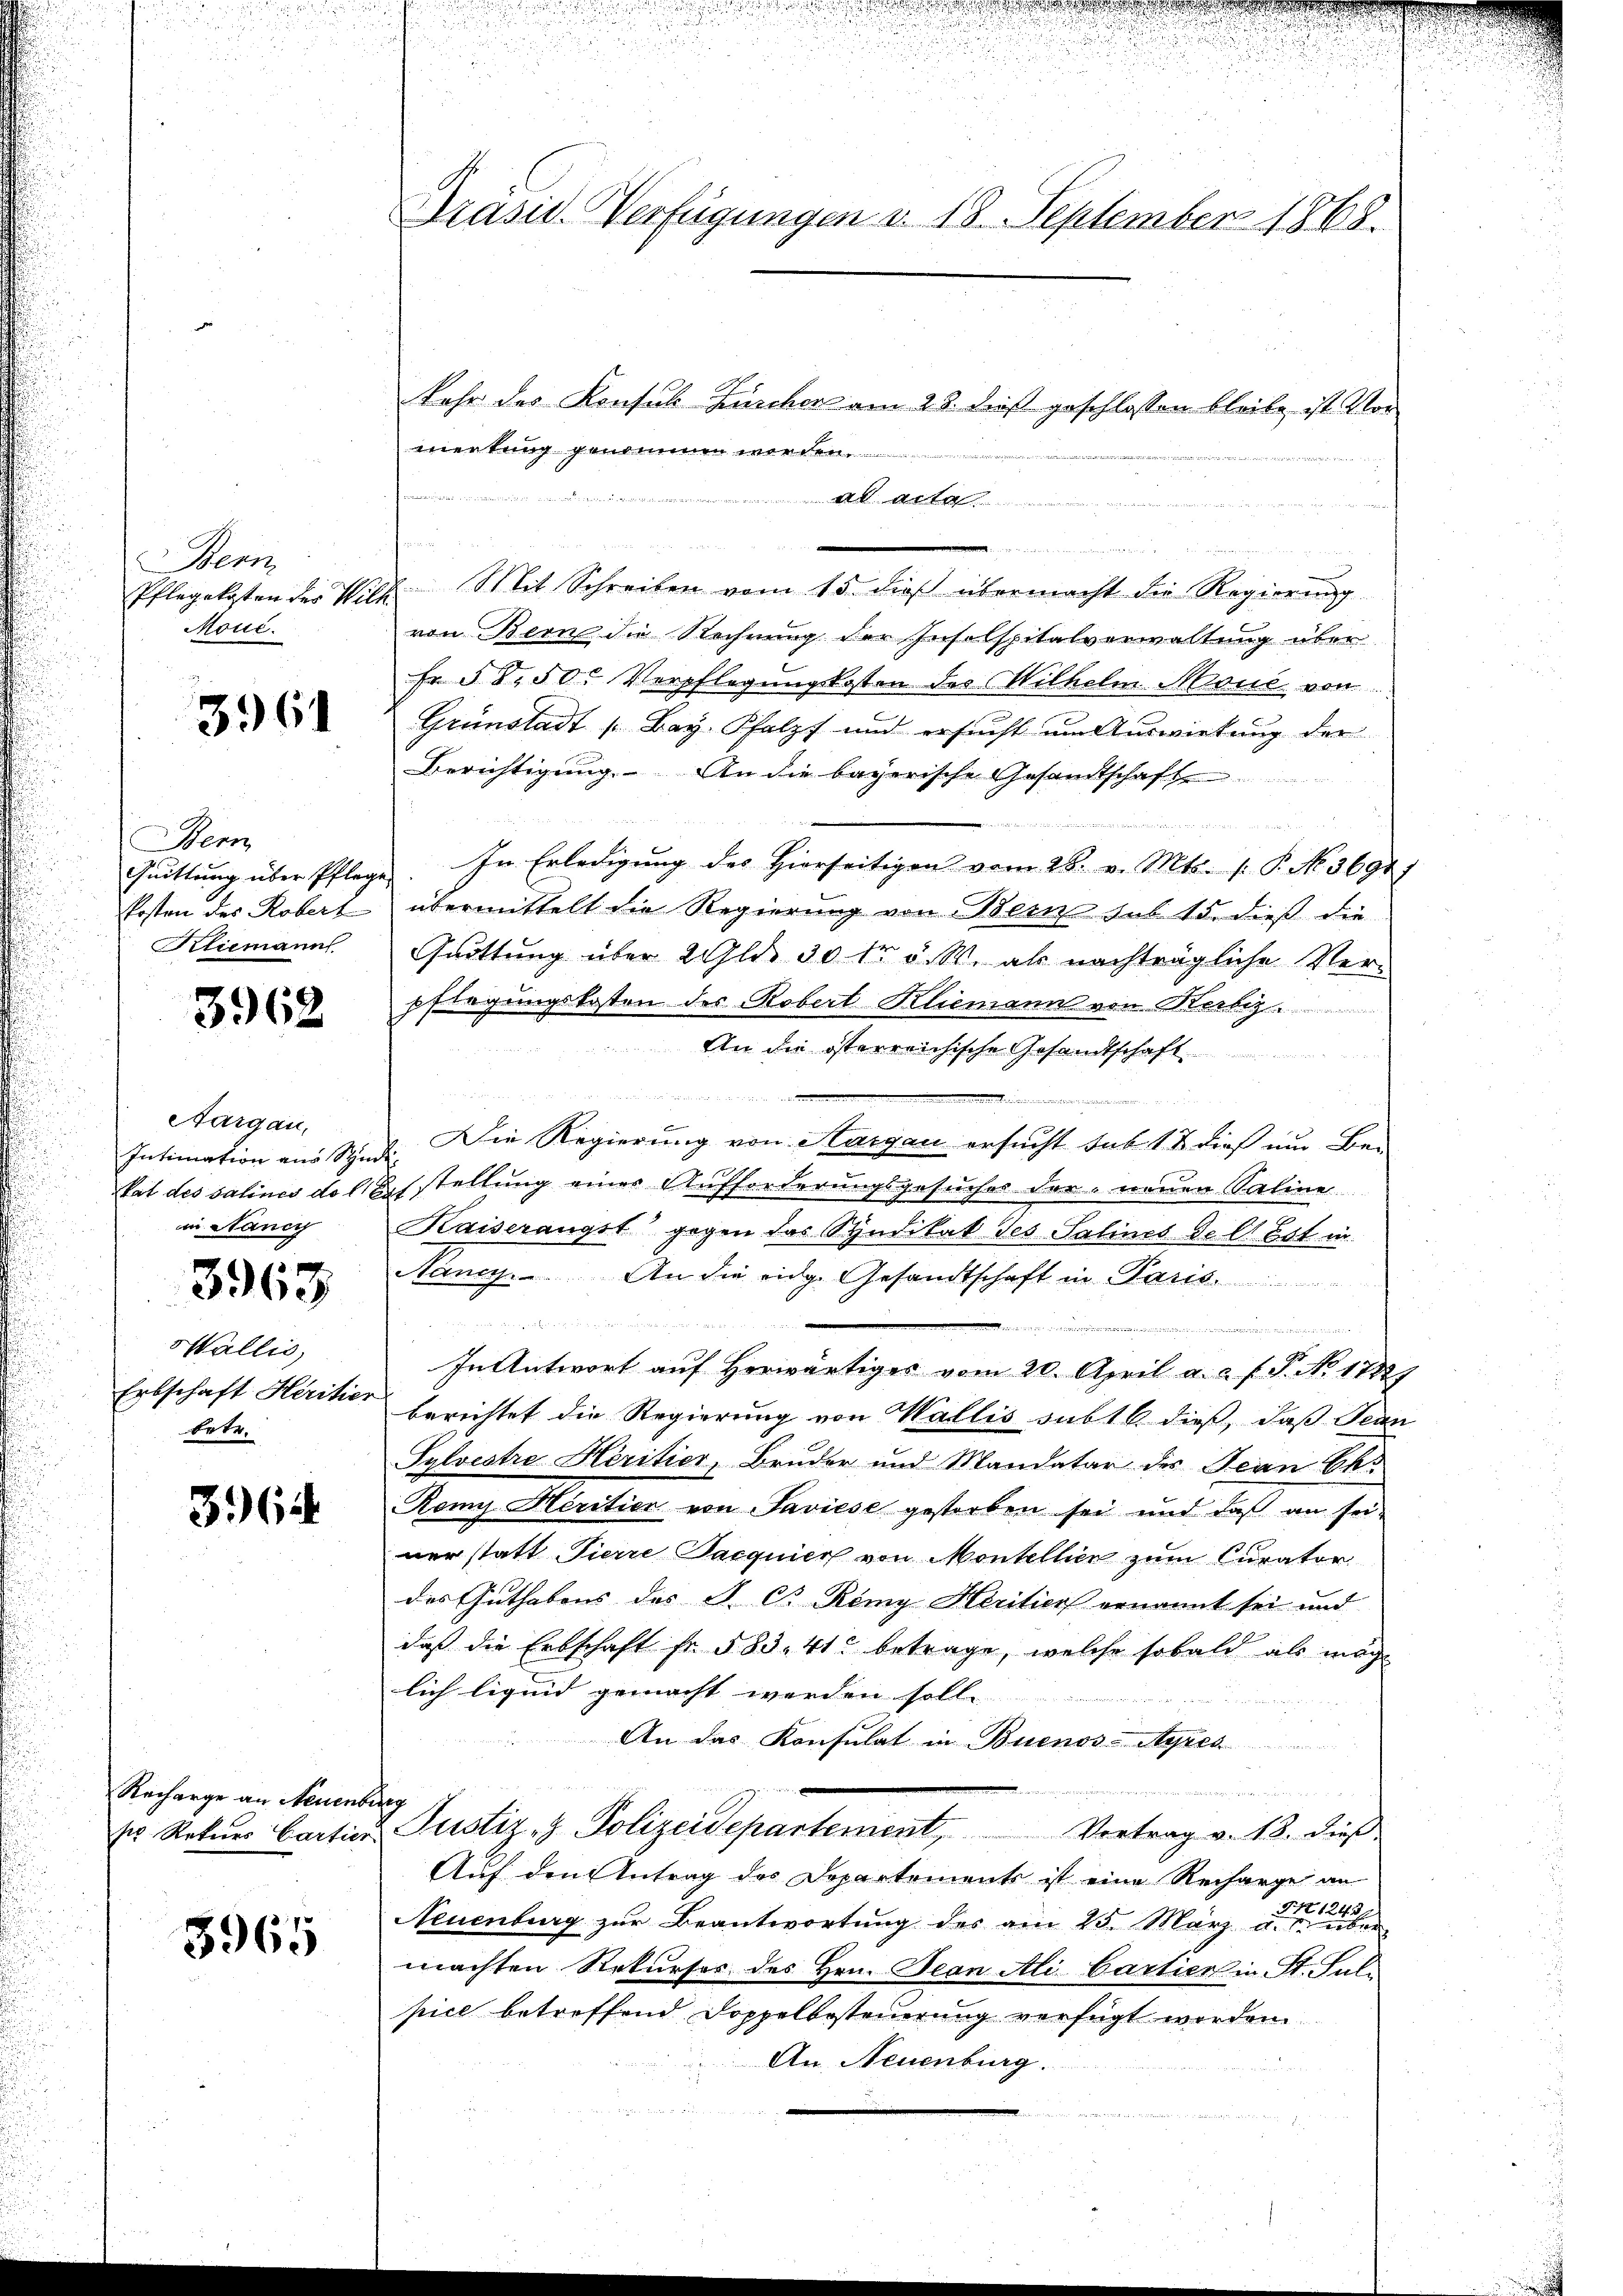
Bern
Moué.

J
3961

Bern
Kliemann.

3962

Nargau,
in Nancy

3963

Wallis,
Erbschaft Heritier
betr.

3964

Recharge an Neuenburg

3965

Präsid. Verfügungen v. 18. September 1865.

kehr des Konsul Zürcher am 23. dieß geschlossen bleibe, ist Vor
merkung genommen worden,

An Acte
e
Pflegekosten der Wilh. Mit Schreiben vom 15. dieß übermacht die Regierung
von Bern die Rechnung der Inselspitalverwaltung über
Fr. 58. 50. Verpflegungskosten des Wilhelm Mons von
Grünstadt (Bay. Pfalz und ersucht um Auswirkung der
Berichtigung. An die bayerische Gesandtschaft
Quittung über Pflege In Erledigŭng des Hierseitigen vom 28. v. Mts. (: P. N. 3694.
kosten des Robert übermittelt die Regierung von Bern sub 15. dieß die
Quittung über 2 Gld. 30 t v. W. als nachträgliche Verpflegungskosten des Robert Kliemann von Kerbez
An die österreichische Gesandtschaft

Intimation an Sÿnd. Die Regierung von Aargau ersucht sub 1 & dieß um Be-
tat des Salines doch stellung einer Aufforderungsgesuches der neuen Saline
Kaiserangst gegen das Syndikat des Salines de lt. Est in
Nancy. An die eidg. Gesandtschaft in Paris.
d

In Antwort auf herwärtiges vom 20. April a. c. f. P. No 1182)
berichtet die Regierung von Wallis subt dieß, daß Jean
Sylvestre Heritier, Bruder und Mandatar der Jean Chi
Remy Héritien von Saviese gestorben sei und daβ an sei-
ner statt Tierre Sacquier von Montellen zum Curator
das Guthabens des J. B. Remy Heritier genannt sei und
daß die Erbschaft fr. § 83. 412 betrage, welche sobald als möch
lich liquid gemacht werden soll. |
An das Konsulat in Buenos-Ayres

ser Rekurs Cartien Pustiz- & Polizeidepartement,
Vertrag v. 18. dieß
Auf den Antrag des Departements ist eine Recharge an
Neuenburg zur Beantwortung des am 25. März d.
machten Rekurser des Hrn. Jean Ali Cartier in St. Juli
pice betreffend Doppelbesteuerung verfügt worden
An Neuenburg.

u